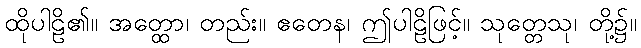
ထိုပါဠိ၏။ အတ္ထော၊ တည်း။ ဧတေန၊ ဤပါဠိဖြင့်။ သုတ္တေသု၊ တို့၌။